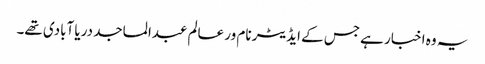
یہ وہ اخبار ہے جس کے ایڈیٹر نام ور عالم عبدالماجد دریا آبادی تھے۔